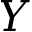
Y